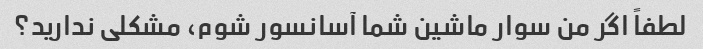
لطفاً اگر من سوار ماشین شما آسانسور شوم، مشکلی ندارید؟